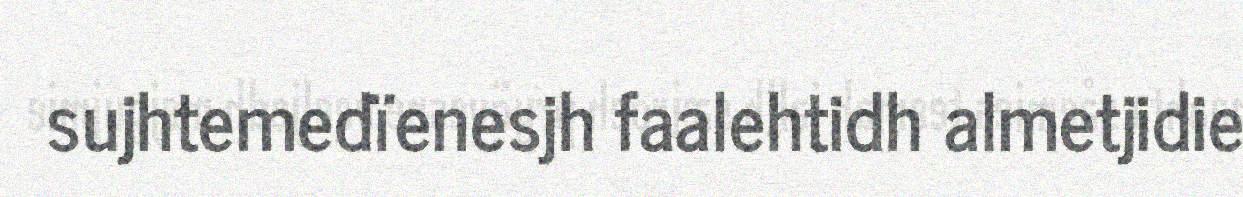
sujhtemedïenesjh faalehtidh almetjidie